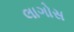
લાગોસ